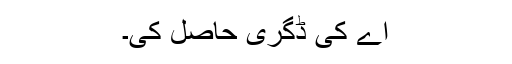
اے کی ڈگری حاصل کی۔